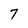
Character: 7